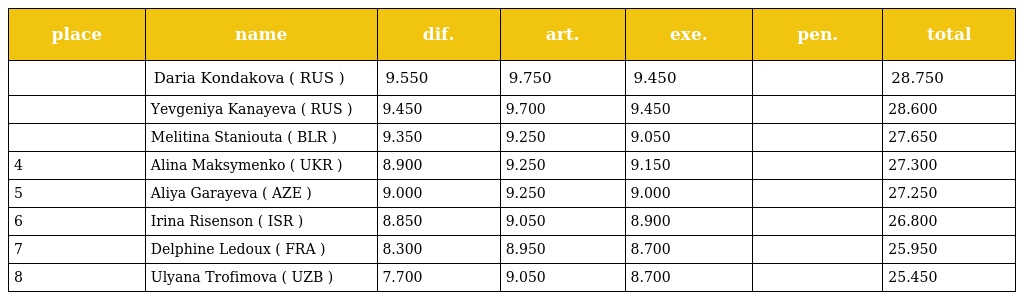
| place | name | dif. | art. | exe. | pen. | total |
 | --- | --- | --- | --- | --- | --- | --- |
 |  | Daria Kondakova ( RUS ) | 9.550 | 9.750 | 9.450 |  | 28.750 |
 |  | Yevgeniya Kanayeva ( RUS ) | 9.450 | 9.700 | 9.450 |  | 28.600 |
 |  | Melitina Staniouta ( BLR ) | 9.350 | 9.250 | 9.050 |  | 27.650 |
 | 4 | Alina Maksymenko ( UKR ) | 8.900 | 9.250 | 9.150 |  | 27.300 |
 | 5 | Aliya Garayeva ( AZE ) | 9.000 | 9.250 | 9.000 |  | 27.250 |
 | 6 | Irina Risenson ( ISR ) | 8.850 | 9.050 | 8.900 |  | 26.800 |
 | 7 | Delphine Ledoux ( FRA ) | 8.300 | 8.950 | 8.700 |  | 25.950 |
 | 8 | Ulyana Trofimova ( UZB ) | 7.700 | 9.050 | 8.700 |  | 25.450 |